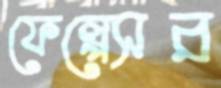
ফেল্পেসর